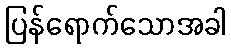
ပြန်ရောက်သောအခါ